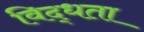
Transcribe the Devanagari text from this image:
विद्धता